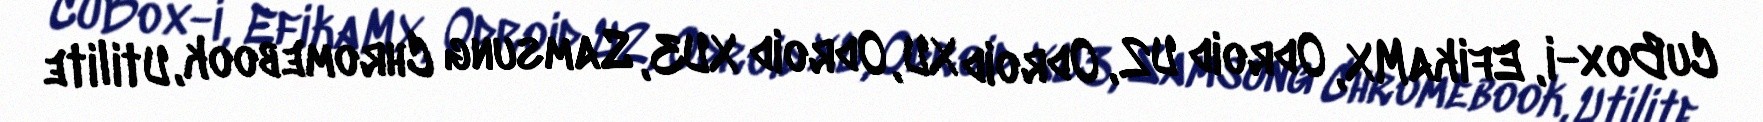
CuBox-i, EfikaMX, Odroid U2, Odroid XU, Odroid XU3, Samsung Chromebook, Utilite